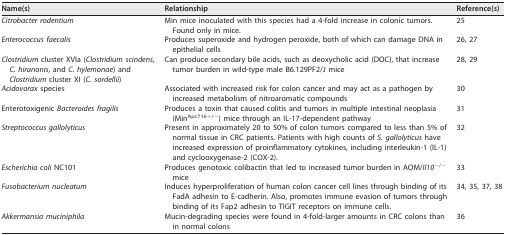
<table><thead><tr><td><b>Name(s)</b></td><td><b>Relationship</b></td><td><b>Reference(s)</b></td></tr></thead><tbody><tr><td><i>Citrobacter rodentium</i></td><td>Min mice inoculated with this species had a 4-fold increase in colonic tumors. Found only in mice.</td><td>25</td></tr><tr><td><i>Enterococcus faecalis</i></td><td>Produces superoxide and hydrogen peroxide, both of which can damage DNA in epithelial cells</td><td>26, 27</td></tr><tr><td><i>Clostridium</i> cluster XVIa (<i>Clostridium scindens</i>, <i>C. hiranonis</i>, and <i>C. hylemonae</i>) and<i> Clostridium</i> cluster XI (<i>C. sordellii</i>)</td><td>Can produce secondary bile acids, such as deoxycholic acid (DOC), that increase tumor burden in wild-type male B6.129PF2/J mice</td><td>28, 29</td></tr><tr><td><i>Acidovorax</i> species</td><td>Associated with increased risk for colon cancer and may act as a pathogen by increased metabolism of nitroaromatic compounds</td><td>30</td></tr><tr><td>Enterotoxigenic <i>Bacteroides fragilis</i></td><td>Produces a toxin that caused colitis and tumors in multiple intestinal neoplasia (Min<sup>Apc716+/−</sup>) mice through an IL-17-dependent pathway</td><td>31</td></tr><tr><td><i>Streptococcus gallolyticus</i></td><td>Present in approximately 20 to 50% of colon tumors compared to less than 5% of normal tissue in CRC patients. Patients with high counts of <i>S. gallolyticus</i> have increased expression of proinflammatory cytokines, including interleukin-1 (IL-1) and cyclooxygenase-2 (COX-2).</td><td>32</td></tr><tr><td><i>Escherichia coli</i> NC101</td><td>Produces genotoxic colibactin that led to increased tumor burden in AOM/<i>Il10</i><sup>−/−</sup> mice</td><td>33</td></tr><tr><td><i>Fusobacterium nucleatum</i></td><td>Induces hyperproliferation of human colon cancer cell lines through binding of its FadA adhesin to E-cadherin. Also, promotes immune evasion of tumors through binding of its Fap2 adhesin to TIGIT receptors on immune cells.</td><td>34, 35, 37, 38</td></tr><tr><td><i>Akkermansia muciniphila</i></td><td>Mucin-degrading species were found in 4-fold-larger amounts in CRC colons than in normal colons</td><td>36</td></tr></tbody></table>